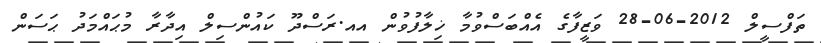
ތަފްސީލް 2012-06-28 ވަޒީފާގެ އެއްބަސްވުމާ ޚިލާފުވުން އއ.ރަސްދޫ ކައުންސިލް އިދާރާ މުޙައްމަދު ޙަސަން